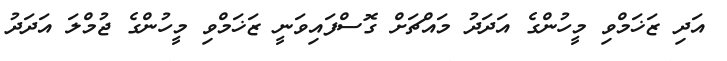
އަދި ޒަޚަމްވި މީހުންގެ އަދަދު މައްޗަށް ގޮސްފައިވަނީ ޒަޚަމްވި މީހުންގެ ޖުމްލަ އަދަދު